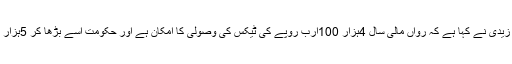
اس سے پہلے چئیرمین فیڈرل بروڈ آف ریونیو شبر زیدی نے کہا ہے کہ رواں مالی سال 4ہزار 100ارب روپے کی ٹیکس کی وصولی کا امکان ہے اور حکومت اسے بڑھا کر 5ہزار ارب روپے تک لے جانے کا منصوبہ بنا رہی ہے۔